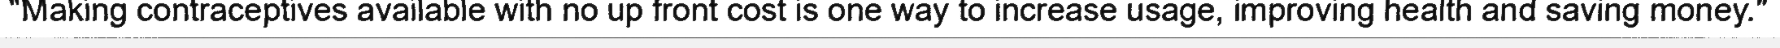
"Making contraceptives available with no up front cost is one way to increase usage, improving health and saving money."